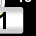
Digit: 1